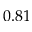
0 . 8 1